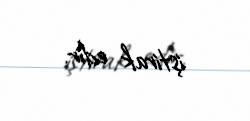
iştirak edir.